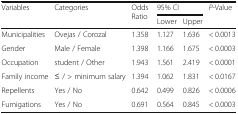
| <ROWSPAN=2> Variables | <ROWSPAN=2> Categories | <ROWSPAN=2> Odds Ratio | <COLSPAN=2> 95% CI | <ROWSPAN=2> P-Value |
 | Lower | Upper |
 | --- | --- | --- | --- | --- | --- |
 | Municipalities | Ovejas / Corozal | 1.358 | 1.127 | 1.636 | < 0.0013 |
 | Gender | Male / Female | 1.398 | 1.166 | 1.675 | < 0.0003 |
 | Occupation | student / Other | 1.943 | 1.561 | 2.419 | < 0.0001 |
 | Family income | ≤ / > minimum salary | 1.394 | 1.062 | 1.831 | < 0.0167 |
 | Repellents | Yes / No | 0.642 | 0.499 | 0.826 | < 0.0006 |
 | Fumigations | Yes / No | 0.691 | 0.564 | 0.845 | < 0.0003 |